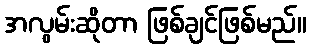
အလွမ်းဆိုတာ ဖြစ်ချင်ဖြစ်မည်။